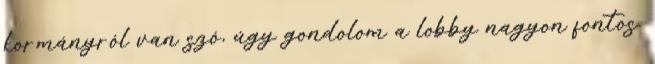
kormányról van szó, úgy gondolom a lobby nagyon fontos.